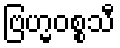
ဗြဟ္မဝစ္စသီ